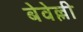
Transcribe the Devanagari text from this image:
बेवेल्ली